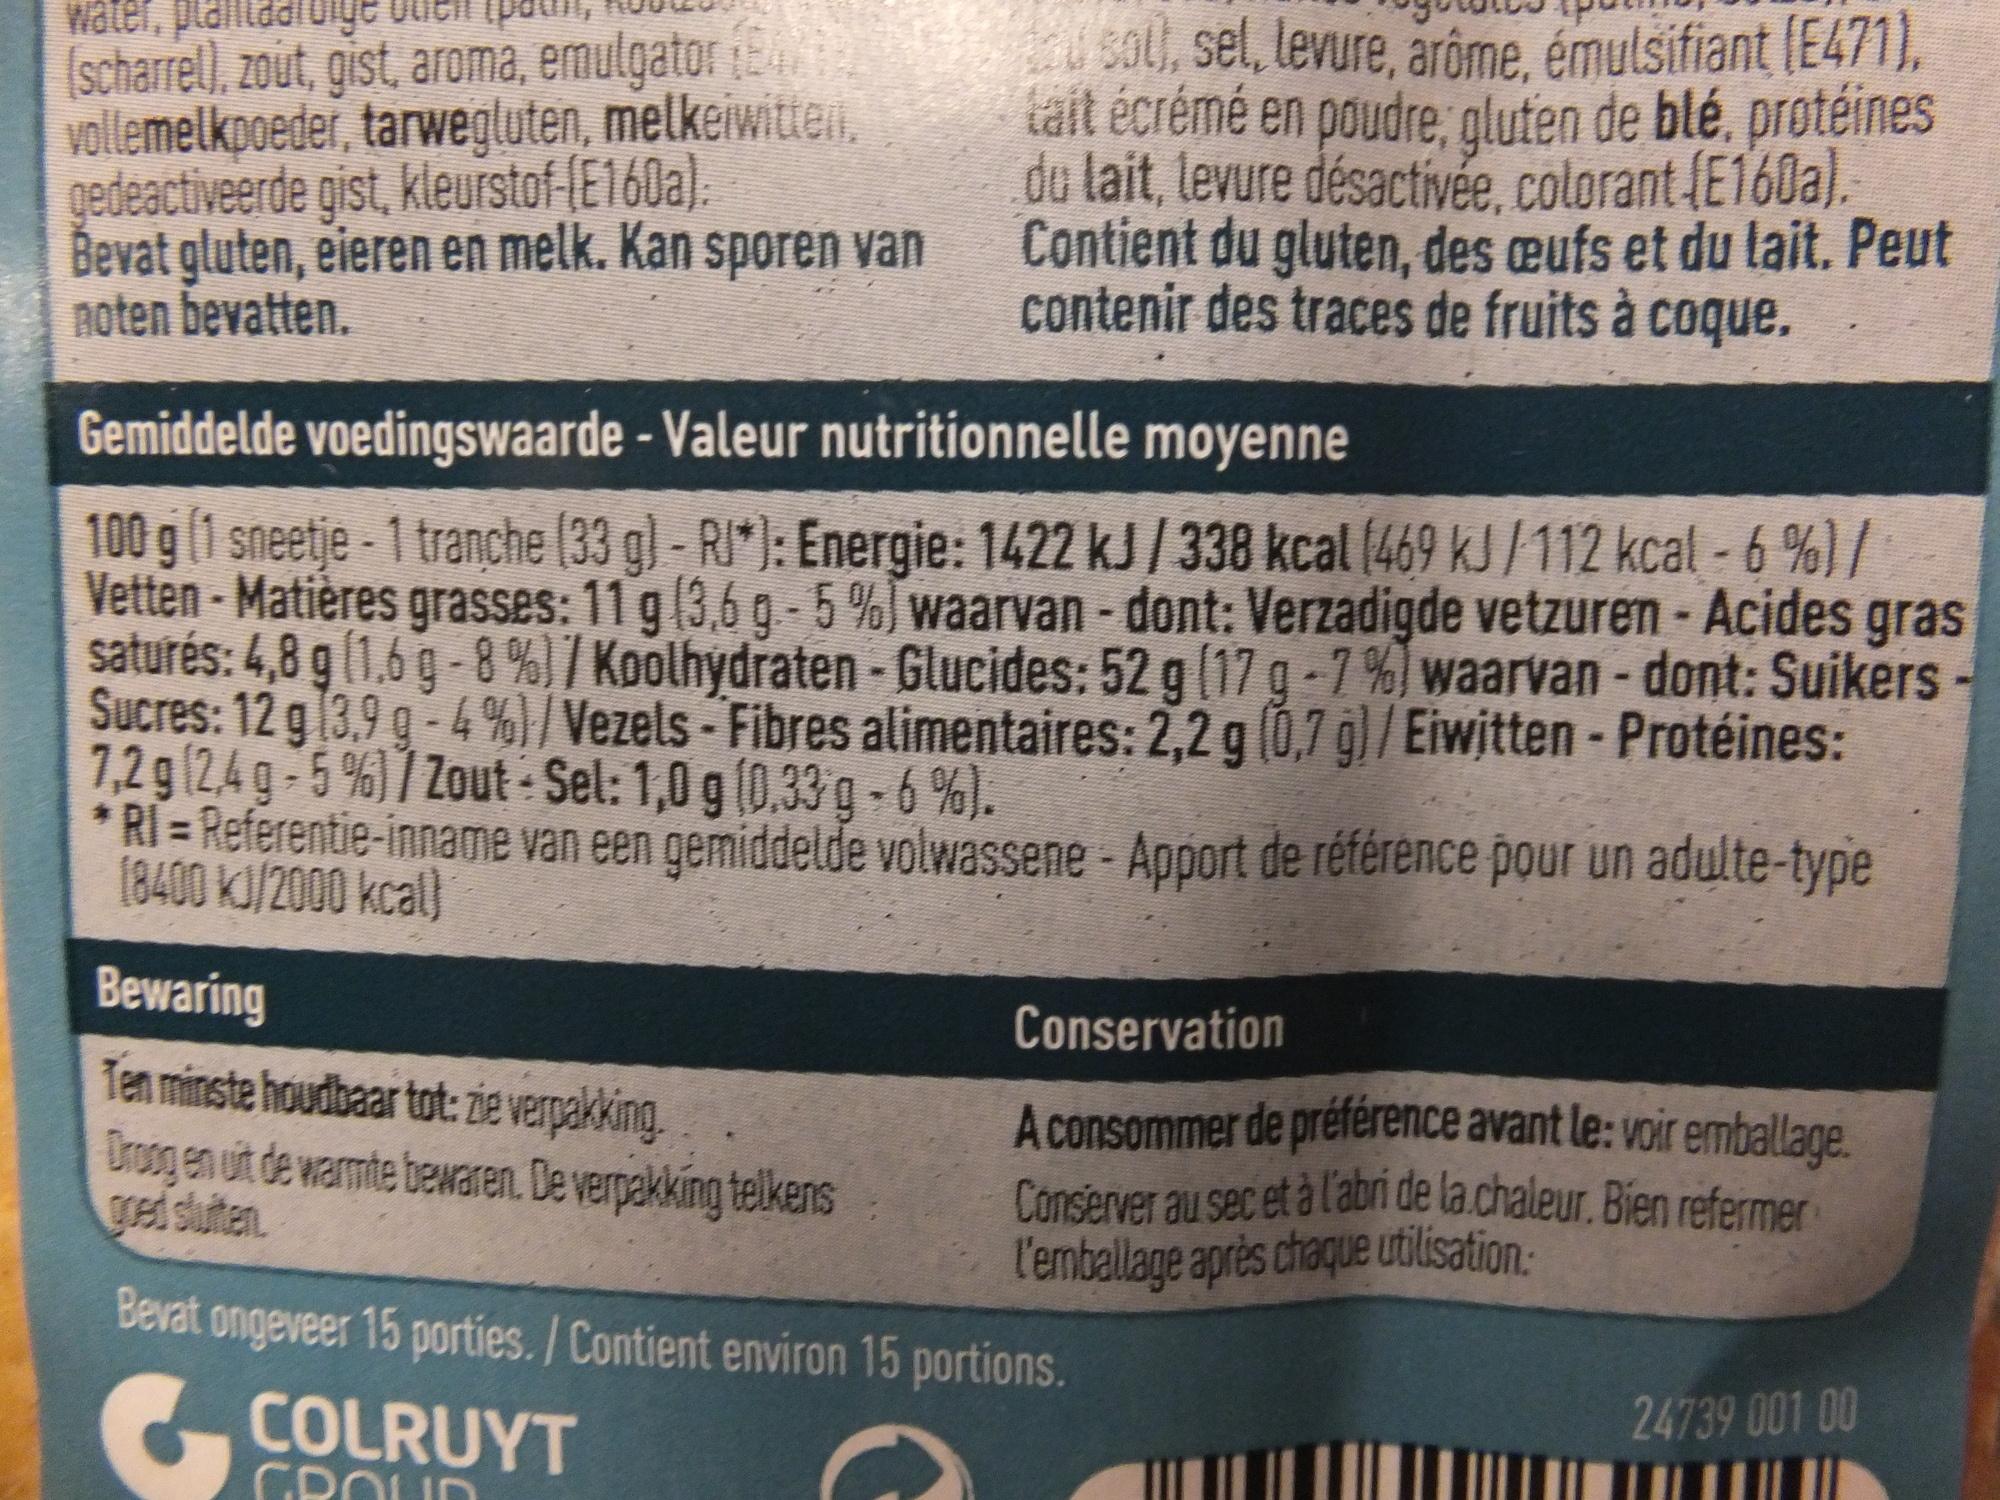
water, plantad Toge ode
(scharrel), zout, gist, aroma, emulgator (84) vollemelkpoeder, tarwegluten, melkeiwitten, gedeactiveerde gist, kleurstof-(E160a).
Bevat gluten, eieren en melk. Kan sporen van noten bevatten.
tad sol), sel, levure, arôme, émulsifiant (E471), kait écrémé en poudre, gluten de blé, protéines du lait, levure désactivée, colorant (E160a). Contient du gluten, des œufs et du lait. Peut contenir des traces de fruits à coque,
Gemiddelde voedingswaarde - Valeur nutritionnelle moyenne
100 g (1 sneetje - 1 tranche (33 g) - RJ*): Energie: 1422 kJ / 338 kcal (469 kJ / 112 kcal - 6 %)/ Vetten - Matières grasses: 11 g (3,6 g - 5 %) waarvan - dont: Verzadigde vetzuren - Acides gras saturés: 4,8 g (1,6 g - 8 %) / Koolhydraten - Glucides: 52 g (17 g -7%) waarvan - dont: Suikers Sucres: 12 g (3,9 g - 4 %) / Vezels - Fibres alimentaires: 2,2 g (0,7 g) / Eiwitten - Protéines: 7,2 g (2,4 g - 5 %) / Zout: Sel: 1,0 g (0,33 g - 6 %).
* RI = Referentie-inname van een gemiddelde volwassene - Apport de référence pour un adulte-type (8400 kJ/2000 kcal)
Bewaring
Ten minste houdbaar tot: zie verpakking.
Droog en uit de warmte bewaren. De verpakking telkens goed sluiten.
Conservation
A consommer de préférence avant le: voir emballage. Conserver au sec et à l'abri de la chaleur. Bien refermer l'emballage après chaque utilisation:
Bevat ongeveer 15 porties. / Contient environ 15 portions.
COLRUYT
24739 001 00